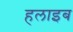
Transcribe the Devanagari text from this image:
हलाइब